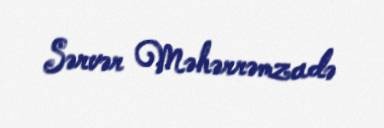
Sərvər Məhərrəmzadə